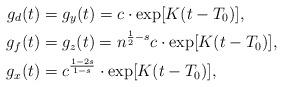
LaTeX: \begin{align*}g_d(t)&= g_y(t)= c\cdot\exp[{K(t-T_0)}],\\g_f(t)&= g_z(t)= n^{\frac 12-s}c \cdot\exp[{K(t-T_0)}],\\g_x(t)&= c^{ \frac{1-2s}{1-s}}\cdot\exp[{K(t-T_0)}],\end{align*}